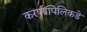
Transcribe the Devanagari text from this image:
करण्यापलिकडे